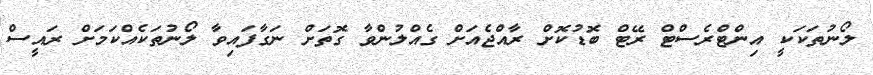
ލޯނުތަކަކީ އިންޓްރެސްޓް ރޭޓް ބޮޑުކޮށް ރާއްޖެއަށް ގެއްލުންވާ ގޮތަށް ނަގާފައިވާ ލޯނުތަކެއްކަމަށް ރައީސް